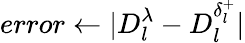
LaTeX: error\gets|D_{l}^{\lambda}-D_{l}^{\delta_{l}^{+}}|